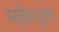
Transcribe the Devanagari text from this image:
स्केपुला